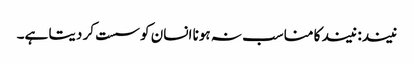
نیند: نیند کا مناسب نہ ہونا انسان کو سست کر دیتا ہے۔